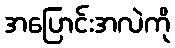
အပြောင်းအလဲကို